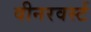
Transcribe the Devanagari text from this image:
वीनरवर्स्ट